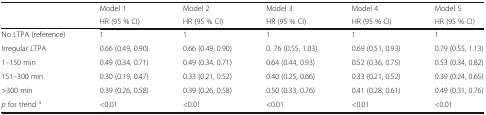
<table><thead><tr><td rowspan="2">[EMPTY_CELL]</td><td><b>Model 1</b></td><td><b>Model 2</b></td><td><b>Model 3</b></td><td><b>Model 4</b></td><td><b>Model 5</b></td></tr><tr><td><b>HR (95 % CI)</b></td><td><b>HR (95 % CI)</b></td><td><b>HR (95 % CI)</b></td><td><b>HR (95 % CI)</b></td><td><b>HR (95 % CI)</b></td></tr></thead><tbody><tr><td>No LTPA (reference)</td><td>1</td><td>1</td><td>1</td><td>1</td><td>1</td></tr><tr><td>Irregular LTPA</td><td>0.66 (0.49, 0.90)</td><td>0.66 (0.49, 0.90)</td><td>0. 76 (0.55, 1.03)</td><td>0.69 (0.51, 0.93)</td><td>0.79 (0.55, 1.13)</td></tr><tr><td>1–150 min</td><td>0.49 (0.34, 0.71)</td><td>0.49 (0.34, 0.71)</td><td>0.64 (0.44, 0.93)</td><td>0.52 (0.36, 0.75)</td><td>0.53 (0.34, 0.82)</td></tr><tr><td>151–300 min</td><td>0.30 (0.19, 0.47)</td><td>0.33 (0.21, 0.52)</td><td>0.40 (0.25, 0.66)</td><td>0.33 (0.21, 0.52)</td><td>0.39 (0.24, 0.65)</td></tr><tr><td>&gt;300 min</td><td>0.39 (0.26, 0.58)</td><td>0.39 (0.26, 0.58)</td><td>0.50 (0.33, 0.76)</td><td>0.41 (0.28, 0.61)</td><td>0.49 (0.31, 0.76)</td></tr><tr><td><i>p</i> for trend <sup>a</sup></td><td>&lt;0.01</td><td>&lt;0.01</td><td>&lt;0.01</td><td>&lt;0.01</td><td>&lt;0.01</td></tr></tbody></table>